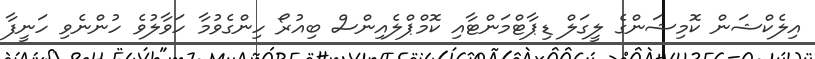
އިލެކްޝަން ކޮމިޝަންގެ ލީގަލް ޑިޕާޓްމަންޓާއި ކޮމްޕްލެއިންސް ބިއުރޯ ހިންގެވުމާ ހަވާލުވެ ހުންނެވި ހަނީފާ